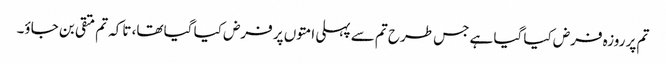
تم پر روزہ فرض کیا گیا ہے جس طرح تم سے پہلی امتوں پر فرض کیا گیا تھا، تاکہ تم متقی بن جاؤ۔